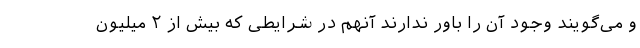
و می‌گویند وجود آن را باور ندارند آنهم در شرایطی که بیش از ۲ میلیون